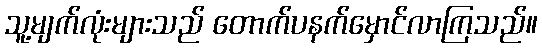
သူ့မျက်လုံးများသည် တောက်ပနက်မှောင်လာကြသည်။